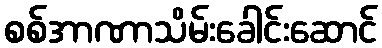
စစ်အာဏာသိမ်းခေါင်းဆောင်